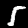
Label: 5